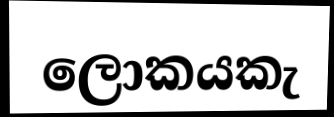
ලොකයකැ